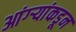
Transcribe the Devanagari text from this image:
आंग्र्‍यांकडून